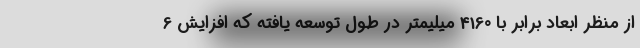
از منظر ابعاد برابر با 4160 میلیمتر در طول توسعه یافته که افزایش 6